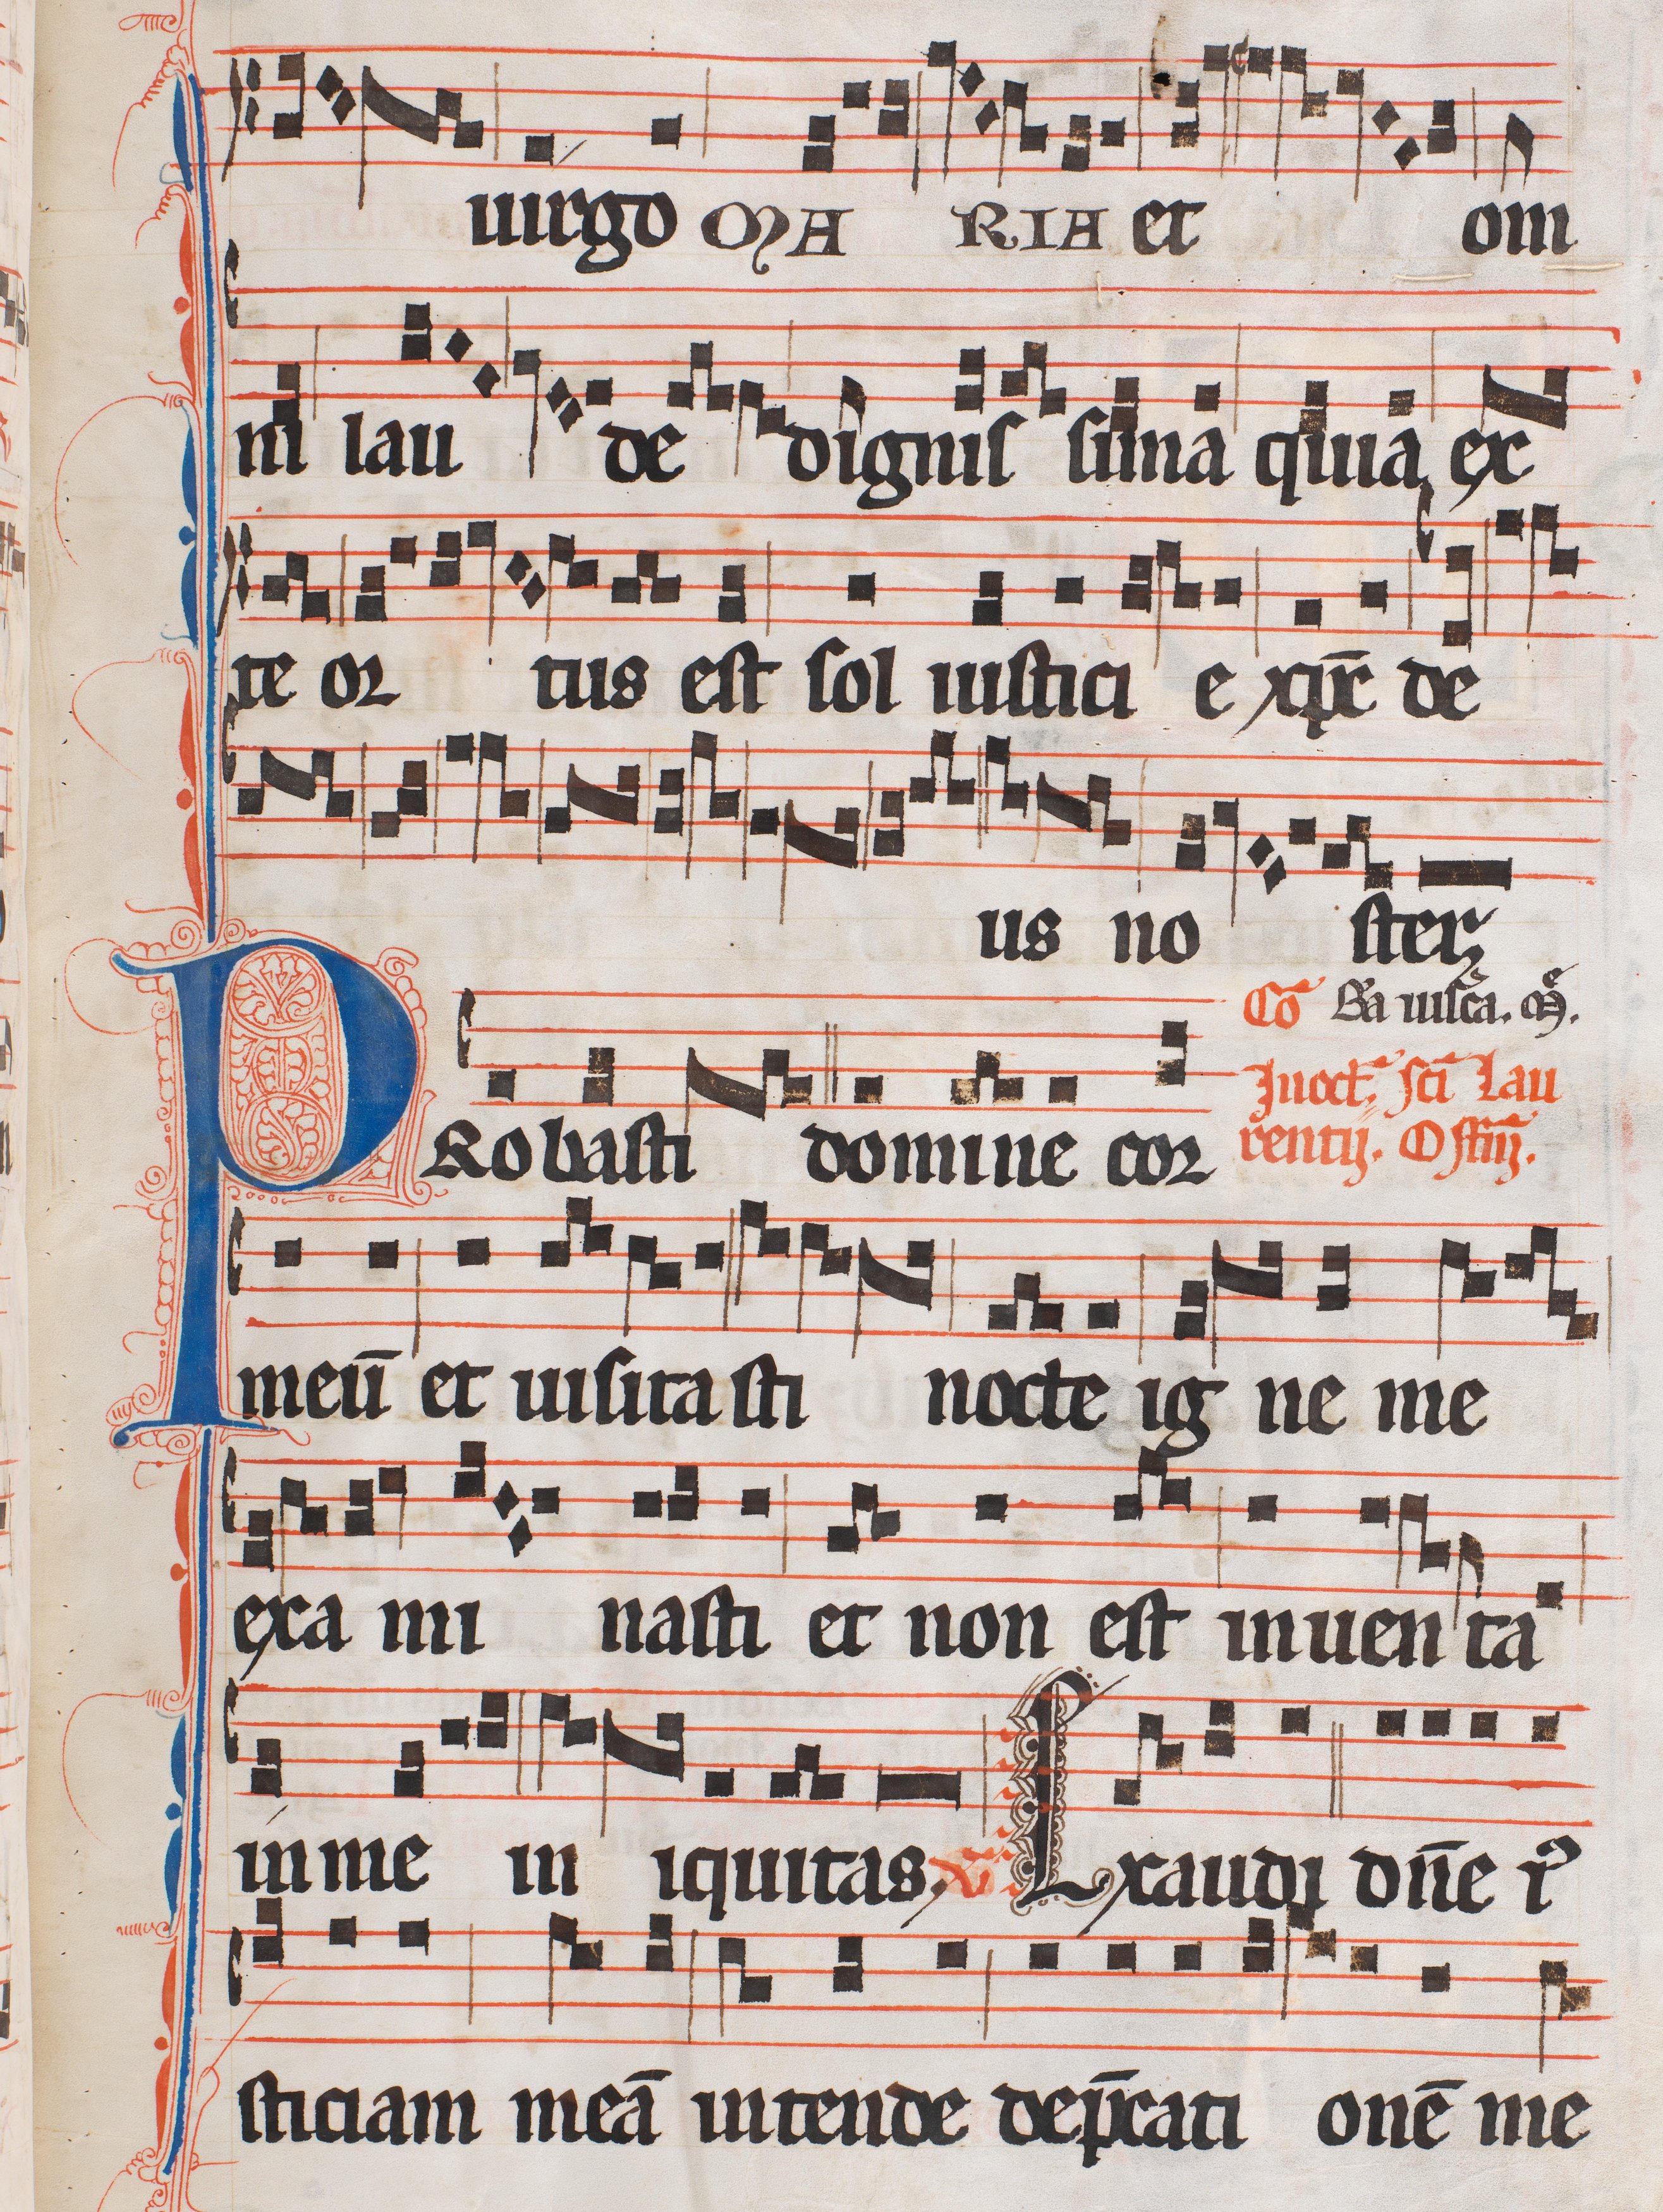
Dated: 1300–1327